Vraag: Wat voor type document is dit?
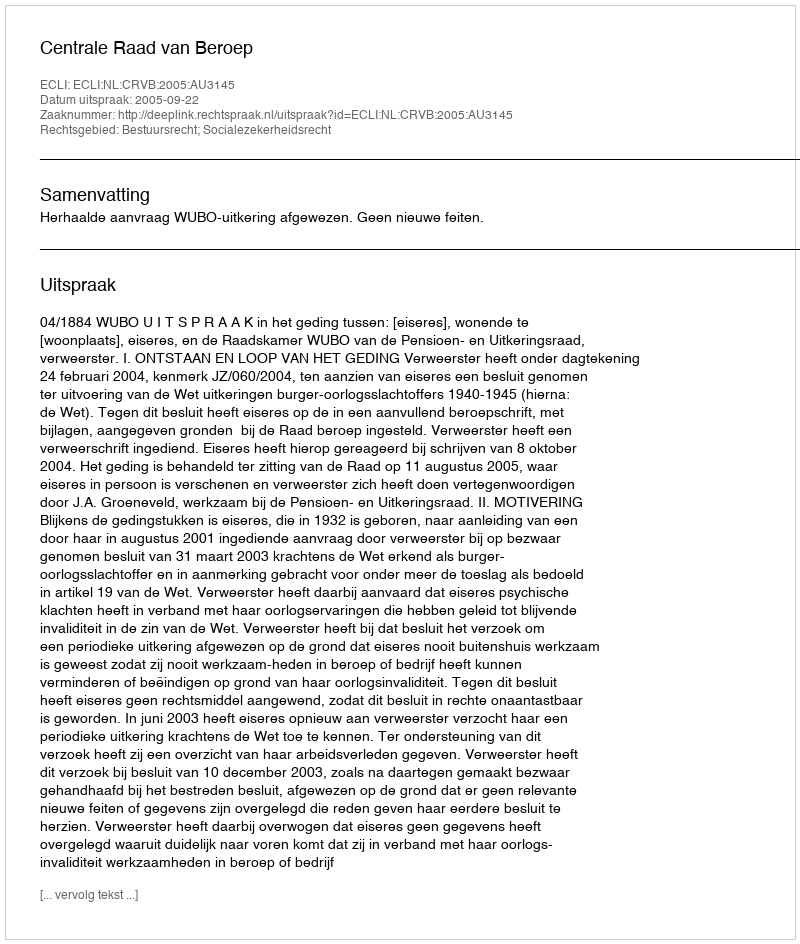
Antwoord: Uitspraak